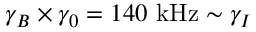
\gamma _ { B } \times \gamma _ { 0 } = 1 4 0 ~ \mathrm { k H z } \sim \gamma _ { I }